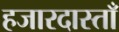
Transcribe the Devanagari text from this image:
हजारदास्ताँ